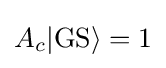
A_{c}|\mathrm {GS} \rangle =1